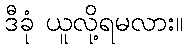
ဒီခုံ ယူလို့ရမလား။